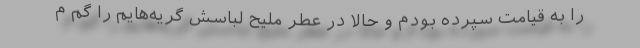
را به قیامت سپرده بودم و حالا در عطر ملیح لباسش گریه‌هایم را گم م